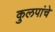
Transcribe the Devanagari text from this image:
कुलपांचे